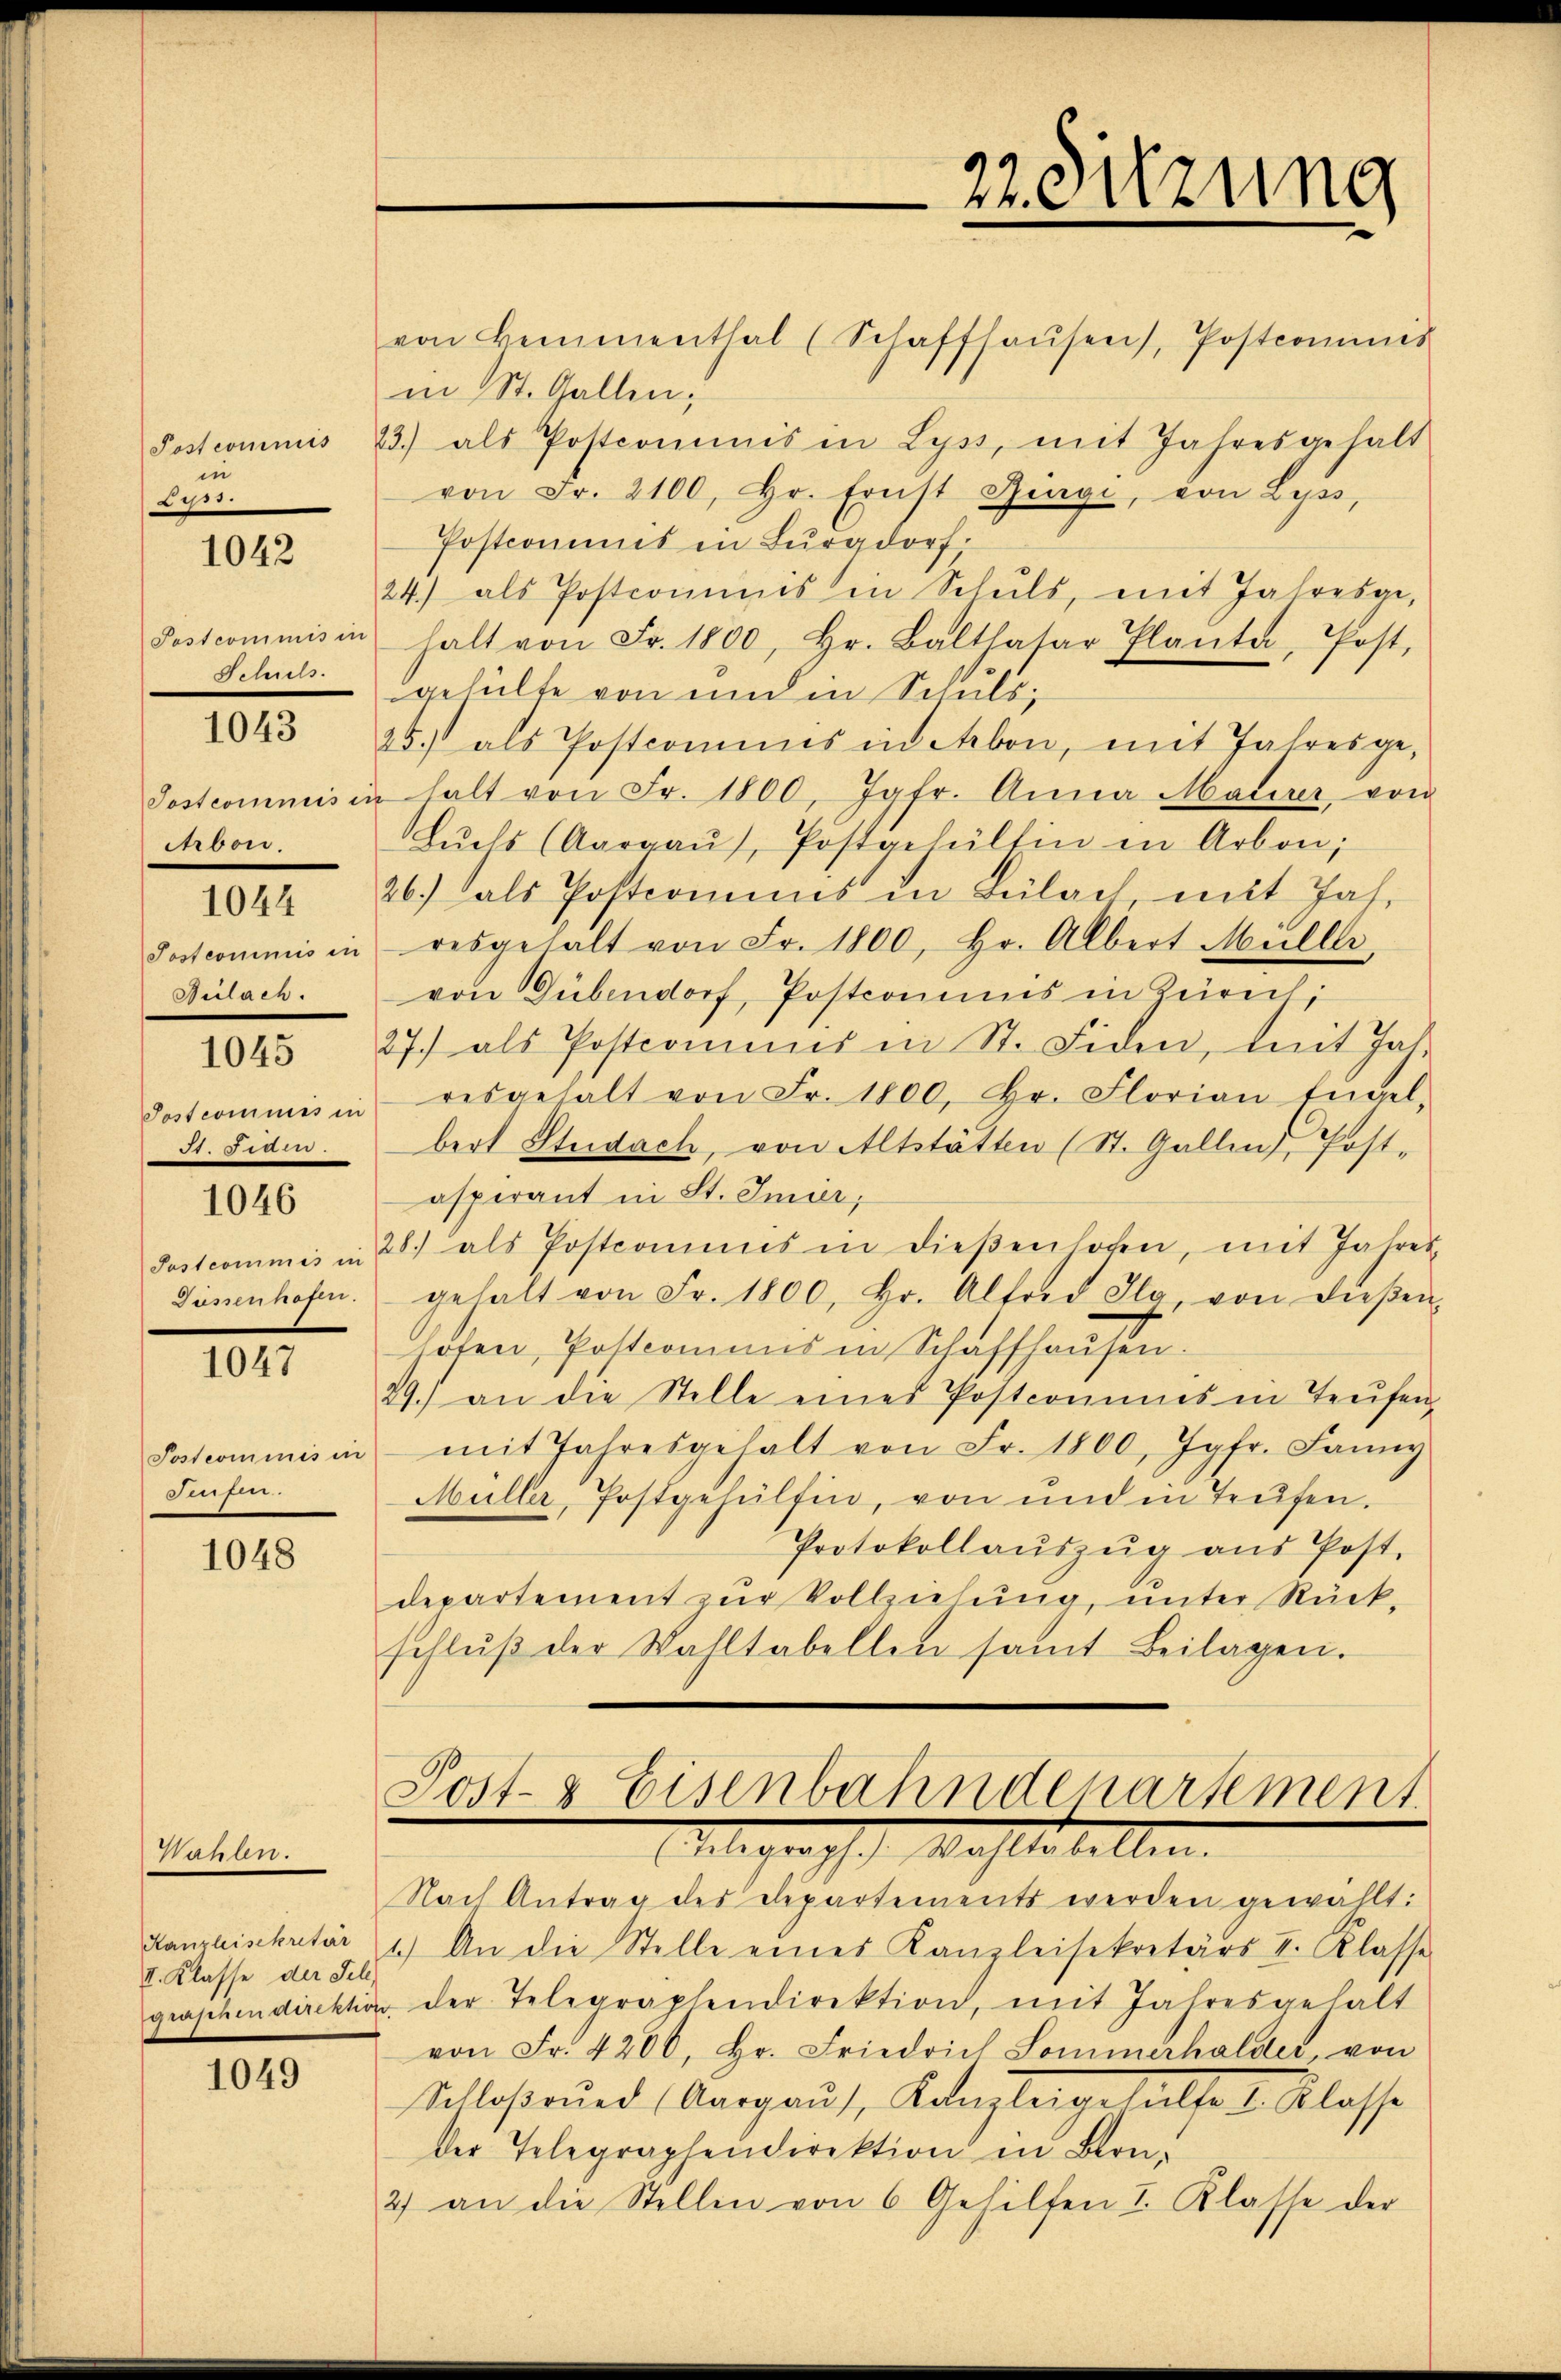
Post commis
in
2

1042

Postcommis in
Schuls.

1043

Postcoinniis in
Arbon.

1044

Postcommis in
Bülach.

1045

Postcommes in
. Fide

1046

useo z

1047

Postcommis in
Seufen.

1048

Wahlen.

II. Klasse der Fel¬

1049

22. Sitzung

von Hemmenthal (Schaffhaŭsen, Postcommis
in St. Gallen,
23.) als Postcommis in Lyss, mit Jahresgehalt
von Fr. 2100, hr. Ernst Bürgi, von Lyss,
Postcommis in Burgdorf.
24.) als Postcommis in Schŭls, mit Jahresge-
halt von Fr. 1800, hr. Balthasar Planta, Post,
gehülfe von und in Schuls,
25.) als Postcomins in Arbon, mit Jahresge-
halt von Fr. 1800, Jgfr. Anna Materer, von
Lŭchs (Aargaŭ), Postgehalten in Arbon;
26.) als Postcomins in Bülach mit Jah.
resgehalt von Fr. 1800, hr. Albert Müller
von Dübendorf, Postcommis in Zürich;
27.) als Postcomines in St. Fiden, dent Jahr
resgehalt von Fr. 1800, hr. Florian Engel-
bert Studach, von Altstätten (St. Gallen, Post-
asperant in St. Imier,
Postcommis in 28. als Postcommis in dieβenhofen, mit Jahres
gehalt von Fr. 1800, hr. Alfred dy, von dieβen-
loten, Postcomans in Schaffhausen.
29.) an die Stelle eines Postcomines in Teufen
mit Jahresgehalt von Fr. 1800, Jgfr. Sani
Müller, Postgehülfen, von und in Teufen.
Protokollaŭszŭg aŭs Post.
departement zŭr Vollziehung, unter Rück-
schlŭβ der Wahltabellen samt Beilagen.
Post- & Eisenbahndenartement
legraph Machtestellen.
Nach Antrag des Departements werden gewählt:
Kanzleisekretär 1.) An die Stelle eines Kanzleisekretärs II. Klasse
graphendirektion der Telegraphendirektion, mit Jahresgehalt
von Fr. 4200, Hr. Friedrich Sommerhalder, von
Schloßrund (Aargaus, Kanzlei gehalte I. Klasse
der Telegraphendirektion in Bern-
2) an die Stellen von 6 Gehilfen I. Klasse der